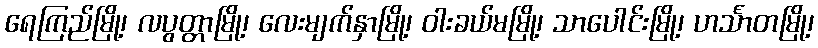
ရေကြည်မြို့၊ လပွတ္တာမြို့၊ လေးမျက်နှာမြို့၊ ဝါးခယ်မမြို့၊ သာပေါင်းမြို့၊ ဟင်္သာတမြို့၊